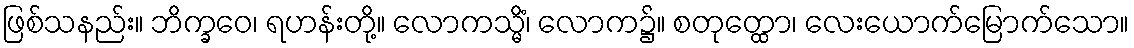
ဖြစ်သနည်း။ ဘိက္ခဝေ၊ ရဟန်းတို့။ လောကသ္မိံ၊ လောက၌။ စတုတ္ထော၊ လေးယောက်မြောက်သော။